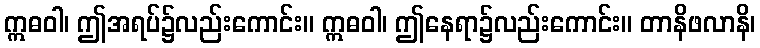
ဣဓဝါ၊ ဤအရပ်၌လည်းကောင်း။ ဣဓဝါ၊ ဤနေရာ၌လည်းကောင်း။ တာနိဖလာနိ၊